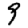
Digit: 9